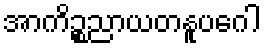
အာကိဉ္စညာယတနူပဂေါ